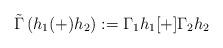
LaTeX: \begin{align*}\tilde{\Gamma }\left( h_{1}(+)h_{2} \right):=\Gamma_{1}h_{1}[+]\Gamma _{2}h_{2}\end{align*}